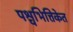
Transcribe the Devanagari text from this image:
पश्चभित्तिकेत